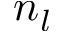
n _ { l }